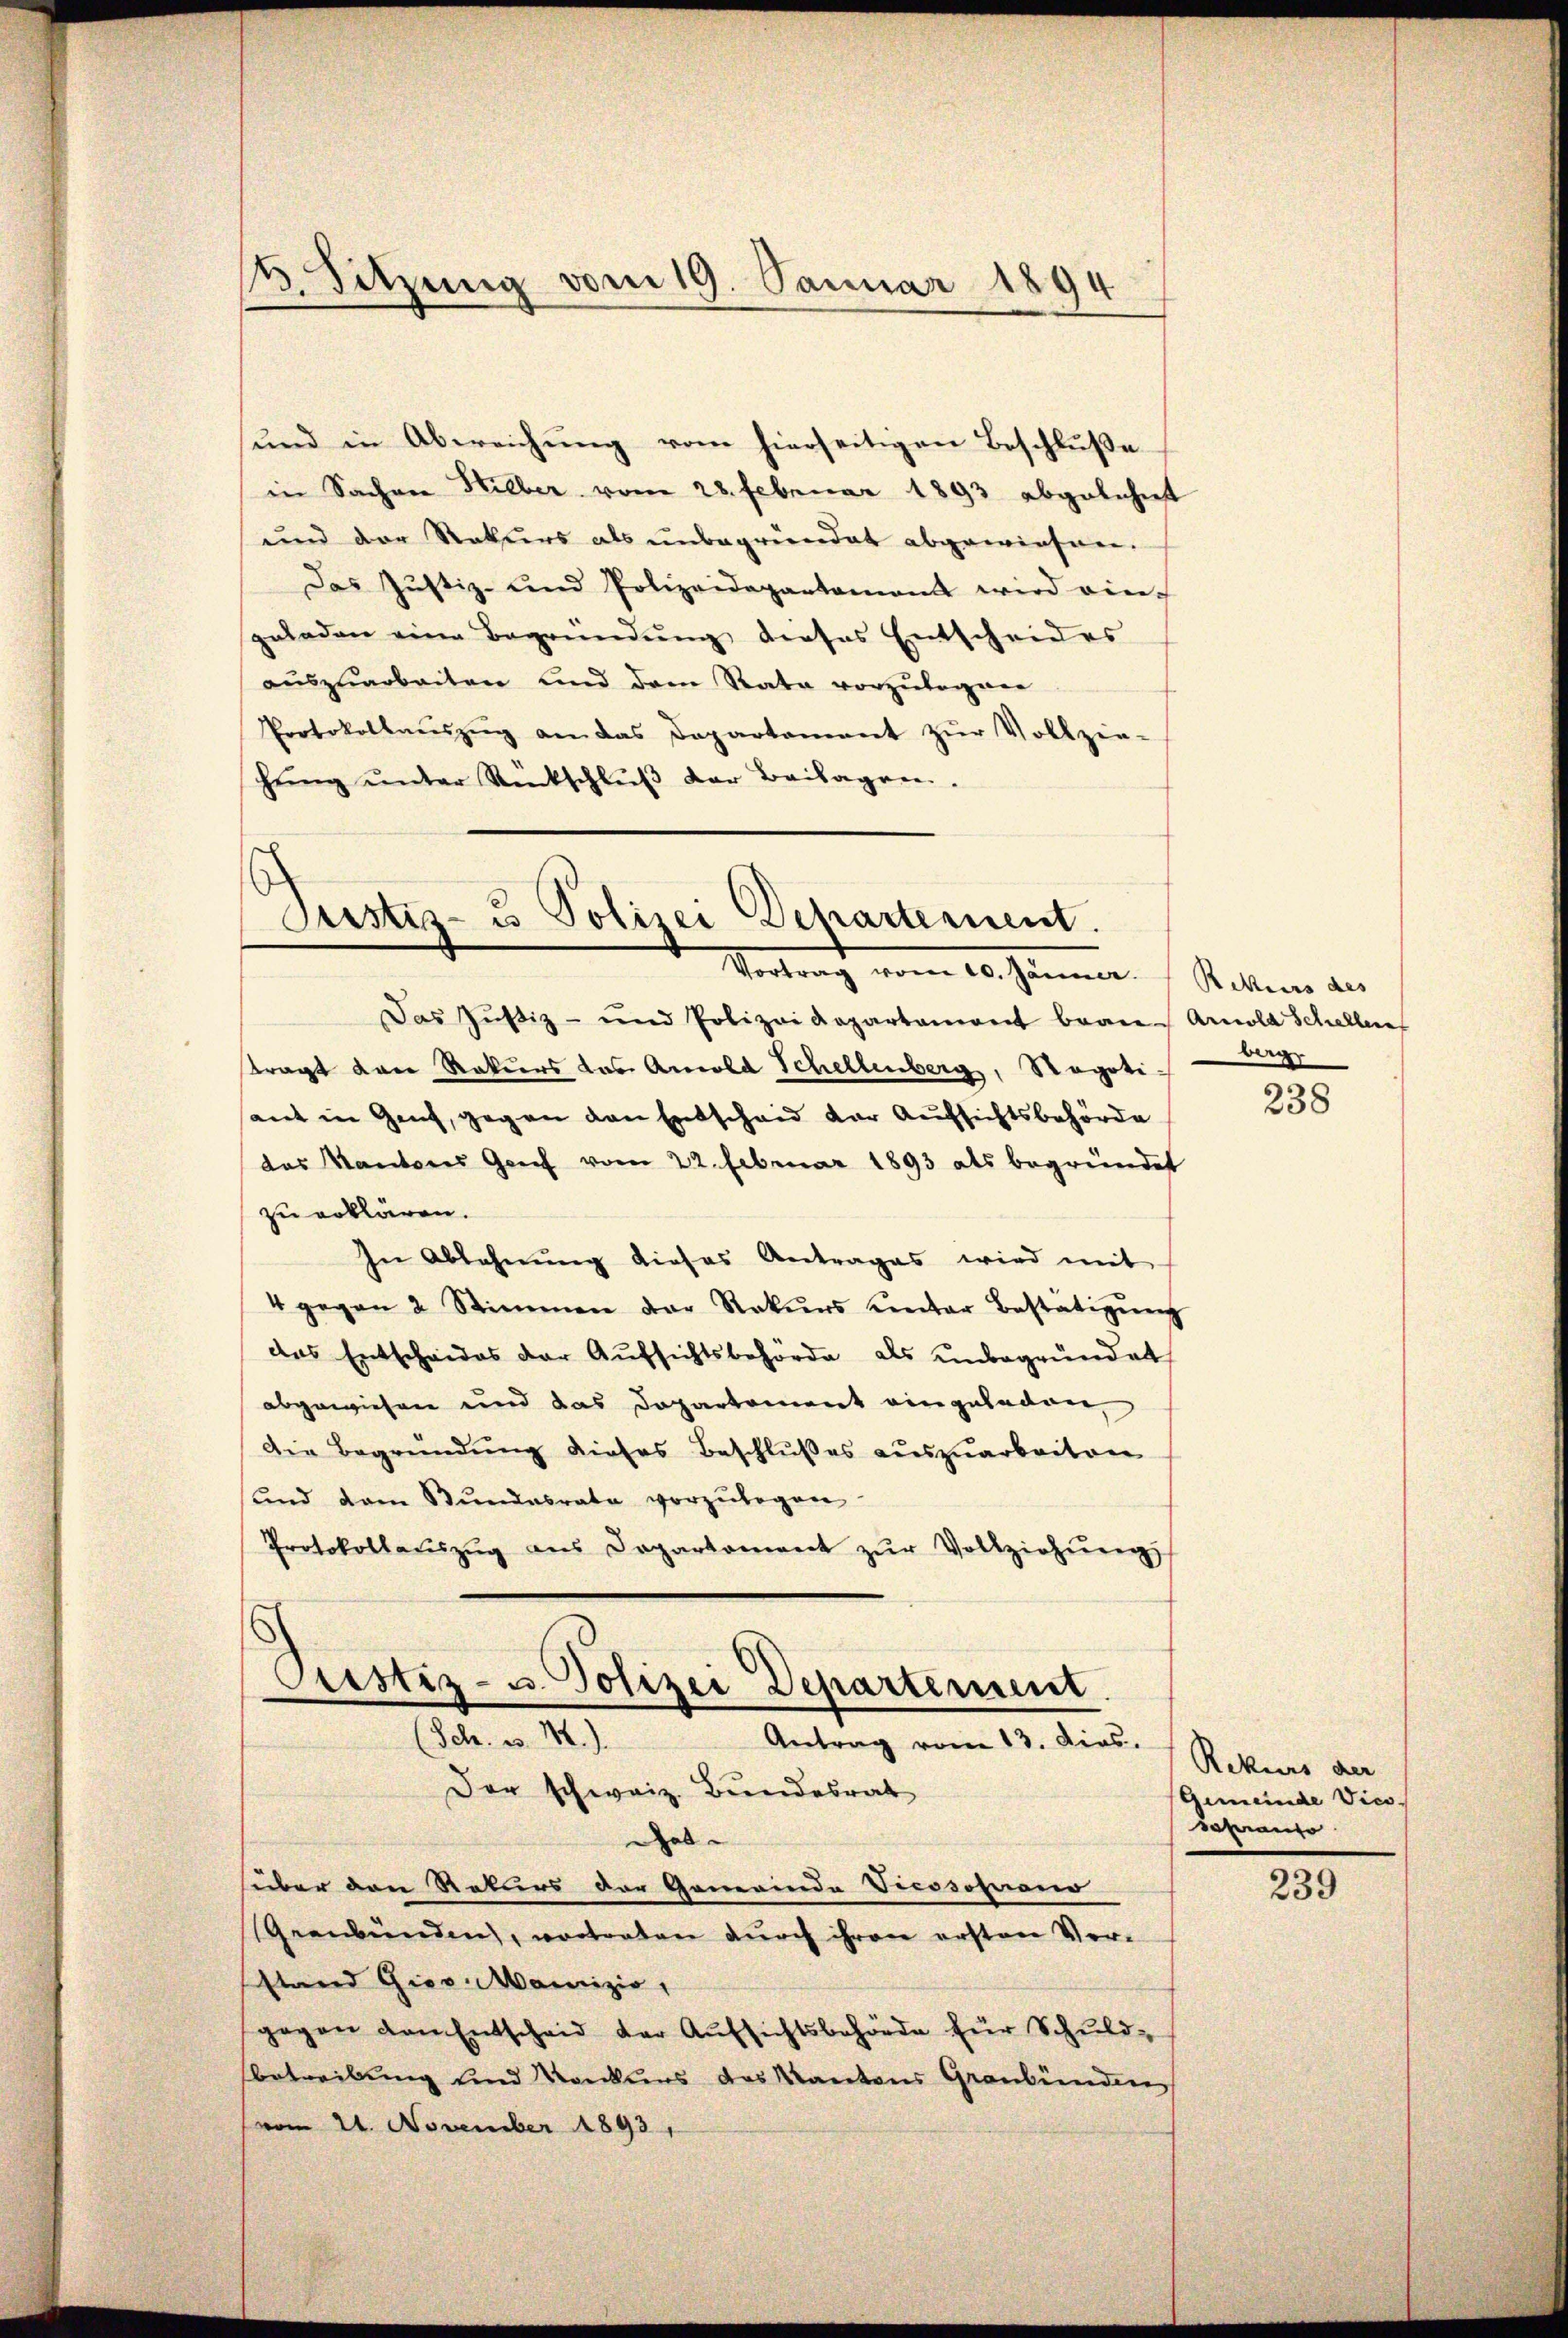
¬
Sitzung vom 19. Januar 1894

und in Abweichung vom hierseitigen Beschluße
in Sachen Hilber vom 28. Februar 1893 abgelehnt
und der Rekurs als unbegründet abgewiesen.
Das Justiz- und Polizeidepartamand wird ein
geladen eine Begründŭng dieses Entscheides
auszuarbeiten und dem Rata vorzulegnen
Protokollaŭszŭg an das Departement zŭr Vollzie-
hŭng ŭnter Rückschlŭβ der Beilagen.

Justiz- u Polizei Departement.
Vortrag vom 20. Jänner.  Stellen des

Das Justiz- und Polizeidepartament bran- Arnold Schellen
tragt dann Rokiers das Amold Schellenberg, Regotiaut in Genf, gegen den Entscheid der Aufsichtsbehörde
das Kantons Genf vom 22. Februar 1893 als begründet
zu erklären.
In Ablehnŭng dieses Antrages wird mit
4 gegen 2 Stimmen der Rekŭrs unter Bestätigŭng
des Entscheides der Aŭfsichtsbehörde als unbegründet
abgewiesen und das Departement eingeladen,
Die Begründung dieses Beschlußes auszuarbeiten
und dem Bŭndesrate vorzŭlegen.
Protokollaŭszŭg ans Departement zŭr Vollziehŭng
6
Custiz- u. Polizei Departement
(Sch. v. M.).
Antrag vom 13. Dies
Der schweiz. Bundesrat
hat
huber den Rekurs der Gemeinde Vicssoperono
Geanbünden, vortreten durch ihren ersten Verstand Gies-Manizio,
gegen den Entscheid der Aufsichtsbehörde für Schuld-
betreibung und Konkurs des Kantons Graubünden
vom 21. November 1893,

berge

238

Rekurs der
Gemeinde Vice
soperanzo

239